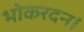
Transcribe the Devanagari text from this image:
भोकरदन।